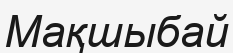
Мақшыбай